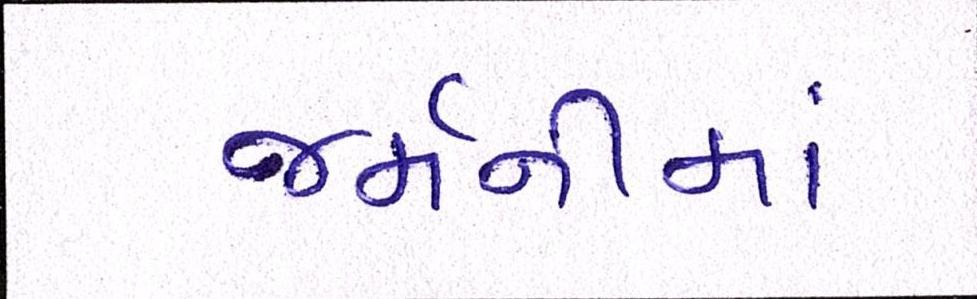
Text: જર્મનીમાં